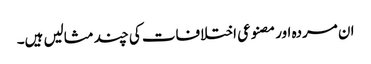
ان مردہ اور مصنوعی اختلافات کی چند مثالیں ہیں۔